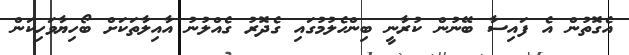
އެގޮތުން އެ ފައިސާ ބޭނުން ކުރާނީ ބިންހެލުމުގައި ގެދޮރު ގެއްލުނު އާއިލާތަކަށް ބޯހިޔާވަހިކަން